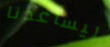
ليساعدنا